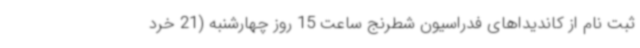
ثبت نام از کاندیداهای فدراسیون شطرنج ساعت 15 روز چهارشنبه (21 خرد